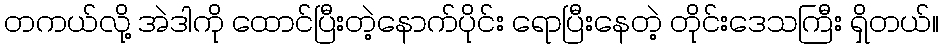
တကယ်လို့ အဲဒါကို ထောင်ပြီးတဲ့နောက်ပိုင်း ရောပြီးနေတဲ့ တိုင်းဒေသကြီး ရှိတယ်။